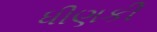
ધીણકી